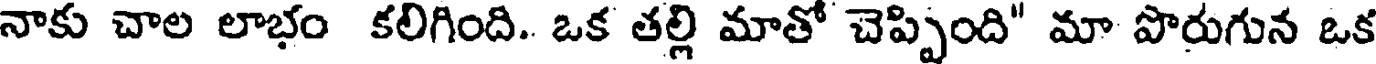
నాకు చాల లాభం కలిగింది. ఒక తల్లి మాతో చెప్పింది" మా పొరుగున ఒక